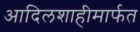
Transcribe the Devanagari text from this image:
आदिलशाहीमार्फत